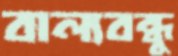
বাল্যবন্ধু